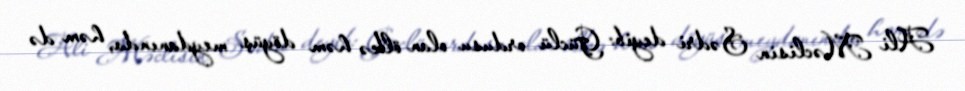
Ali Məclisin Sədri deyib: Güclü ordusu olan ölkə həm döyüş meydanında, həm də